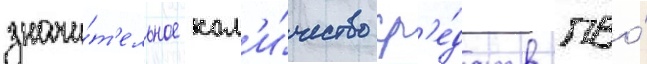
значи́т'ельное кол'и́чество ср'е́дств пво́